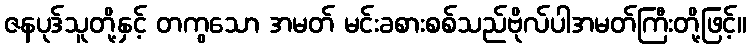
ဇနပုဒ်သူတို့နှင့် တကွသော အမတ် မင်းခစားစစ်သည်ဗိုလ်ပါအမတ်ကြီးတို့ဖြင့်။